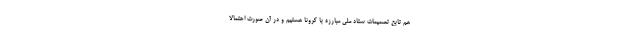
هم تابع تصمیمات ستاد ملی مبارزه با کرونا هستیم و در آن صورت احتمالاً